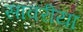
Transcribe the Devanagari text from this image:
सावरीया